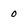
Character: o